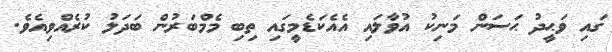
ގައި ވަޙީދު ޙަސަން މަނިކު އުވާލައި އެއެކަޑެމީގައި ތިބި މެމްބަރުން ބަދަލު ކުރެއްވިއެވެ.